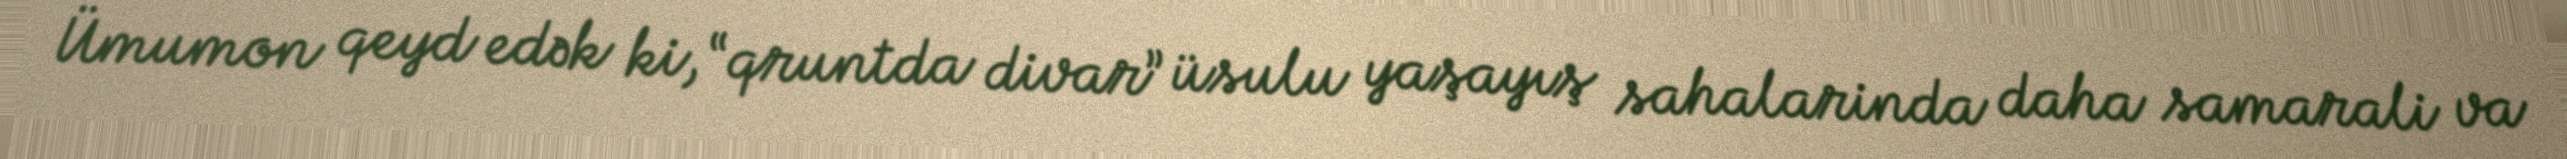
Ümumon qeyd edək ki, “qruntda divar” üsulu yaşayış sahalarinda daha samarali va